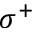
\sigma ^ { + }